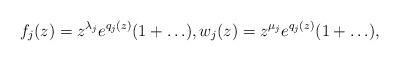
LaTeX: \begin{align*} f_j(z) = z^{\lambda_j} e^{q_j(z)} (1 + \ldots ), w_j(z) = z^{\mu_j} e^{q_j(z)} (1 + \ldots ),\end{align*}